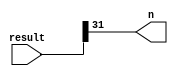
// Copyright (C) 2020  Intel Corporation. All rights reserved.
// Your use of Intel Corporation's design tools, logic functions 
// and other software and tools, and any partner logic 
// functions, and any output files from any of the foregoing 
// (including device programming or simulation files), and any 
// associated documentation or information are expressly subject 
// to the terms and conditions of the Intel Program License 
// Subscription Agreement, the Intel Quartus Prime License Agreement,
// the Intel FPGA IP License Agreement, or other applicable license
// agreement, including, without limitation, that your use is for
// the sole purpose of programming logic devices manufactured by
// Intel and sold by Intel or its authorized distributors.  Please
// refer to the applicable agreement for further details, at
// https://fpgasoftware.intel.com/eula.

// PROGRAM		"Quartus Prime"
// VERSION		"Version 20.1.1 Build 720 11/11/2020 SJ Lite Edition"
// CREATED		"Sat Jun 12 13:33:28 2021"

module uc_negative(
	result,
	n
);


input wire	[31:0] result;
output wire	n;


assign	n = result[31];




endmodule